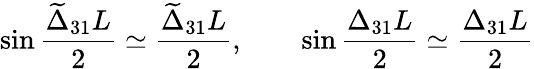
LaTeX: \sin\frac{\widetilde{\Delta}_{31}L}{2}\simeq\frac{\widetilde{\Delta}_{31}L}{2},\qquad\sin\frac{\Delta_{31}L}{2}\simeq\frac{\Delta_{31}L}{2}